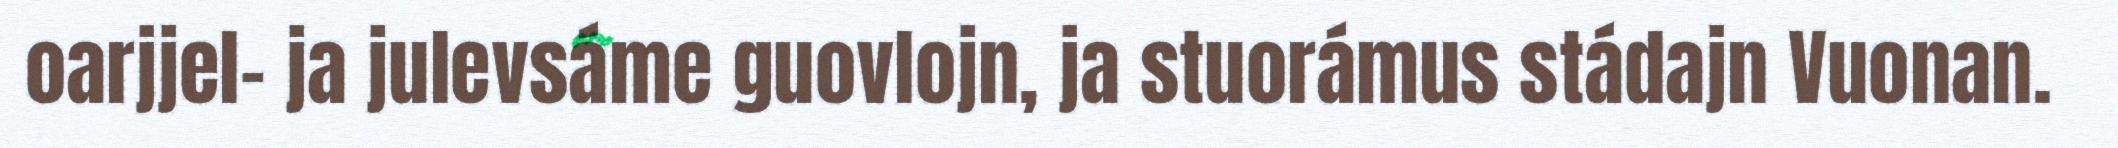
oarjjel- ja julevsáme guovlojn, ja stuorámus stádajn Vuonan.